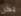
يكن